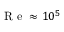
\ensuremath { \mathrm { ~ R ~ e ~ } } \approx 1 0 ^ { 5 }